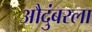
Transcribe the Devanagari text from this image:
औदुंबरला